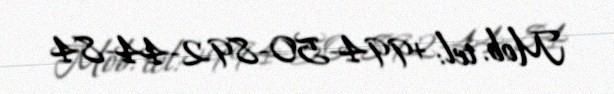
Mob. tel: +994-50-892-44-84